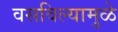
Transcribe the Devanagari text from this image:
वसविल्यामुळे